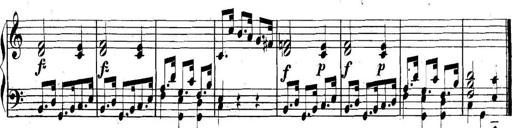
Title: Collected Piano Sonatas
Composer: Muzio Clementi